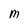
Character: M